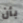
بأن